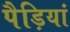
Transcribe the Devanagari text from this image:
पैड़ियां